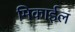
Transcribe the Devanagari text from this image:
मिकाईल